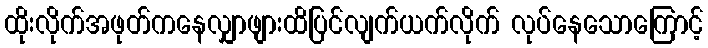
ထိုးလိုက်အဖုတ်ကနေလျှာဖျားထိပြင်လျက်ယက်လိုက် လုပ်နေသောကြောင့်